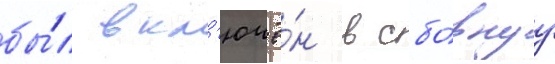
бы́л вкл'ючё́н в сбо́рнуу